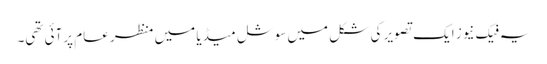
یہ فیک نیوز ایک تصویر کی شکل میں سوشل میڈیا میں منظر عام پرآئی تھی۔